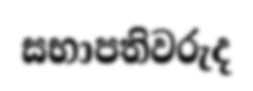
සභාපතිවරුද